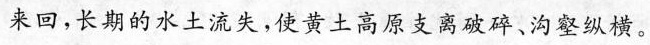
来回，长期的水土流失，使黄土高原支离破碎、沟壑纵横。